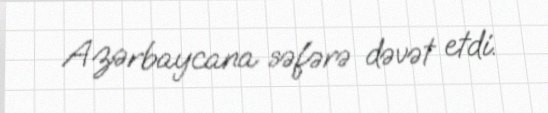
Azərbaycana səfərə dəvət etdi.